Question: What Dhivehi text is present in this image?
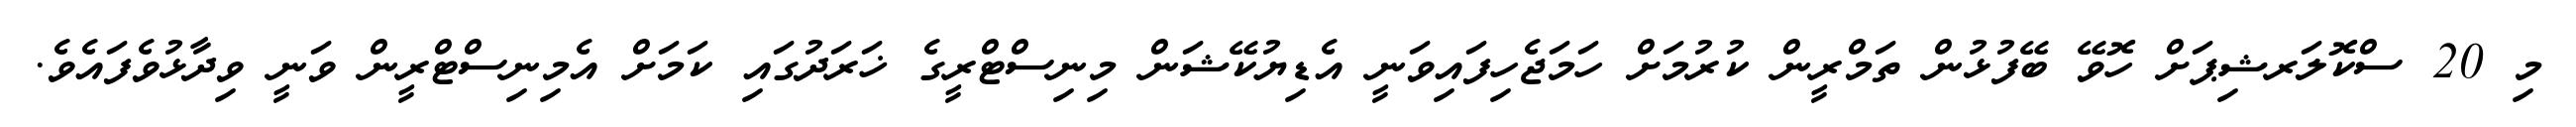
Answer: މި 20 ސްކޮލަރޝިޕަށް ހޮވޭ ބޭފުޅުން ތަމްރީން ކުރުމަށް ހަމަޖެހިފައިވަނީ އެޑިޔުކޭޝަން މިނިސްޓްރީގެ ޚަރަދުގައި ކަމަށް އެމިނިސްޓްރީން ވަނީ ވިދާޅުވެފައެވެ.